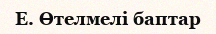
E. Өтелмелі баптар